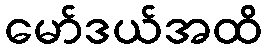
မော်ဒယ်အထိ